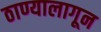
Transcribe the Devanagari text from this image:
ठाण्यालागून